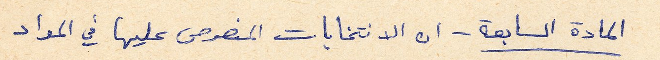
المادة السابعة - ان الانتخابات المنصوص عليها في المواد